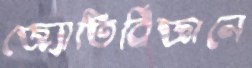
জ্যোতির্বিজ্ঞানে